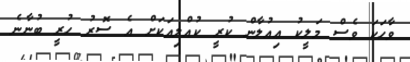
ވާހަކަ ވެސް މަލީކު ޢިއުލާން ކުރީ ކުއްލިއަކަށް އެ ސޮރު ހުރީ ބުނާނެ